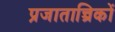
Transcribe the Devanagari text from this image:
प्रजातान्त्रिकों